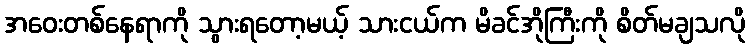
အဝေးတစ်နေရာကို သွားရတော့မယ့် သားငယ်က မိခင်အိုကြီးကို စိတ်မချသလို